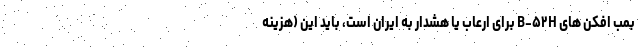
بمب افکن های B-۵۲H برای ارعاب یا هشدار به ایران است، باید این (هزینه